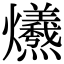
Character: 𤓚